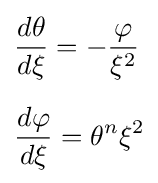
{\begin{aligned}&{\frac {d\theta }{d\xi }}=-{\frac {\varphi }{\xi ^{2}}}\\[6pt]&{\frac {d\varphi }{d\xi }}=\theta ^{n}\xi ^{2}\end{aligned}}